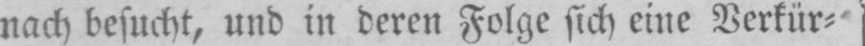
nach besucht, und in deren Folge sich eine Verkür⸗